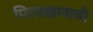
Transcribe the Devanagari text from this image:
पिरमखानाची